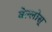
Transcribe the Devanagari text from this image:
बेल्लोस्